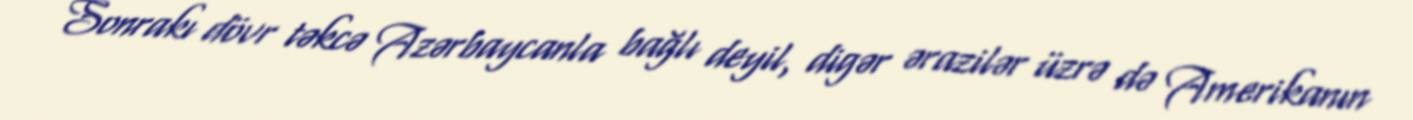
Sonrakı dövr təkcə Azərbaycanla bağlı deyil, digər ərazilər üzrə də Amerikanın